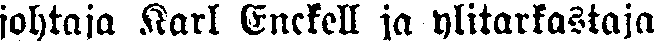
johtaja Karl Enckell ja ylitarkastaja